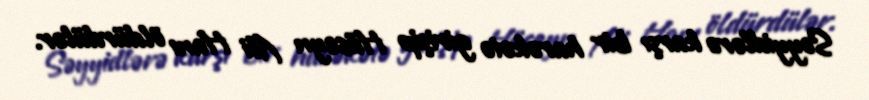
Səyyidlərə karşı bir harəkətə girişip Hüseyn Ali Hanı öldürdülər.